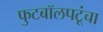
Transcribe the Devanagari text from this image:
फुटबॉलपटूंचा